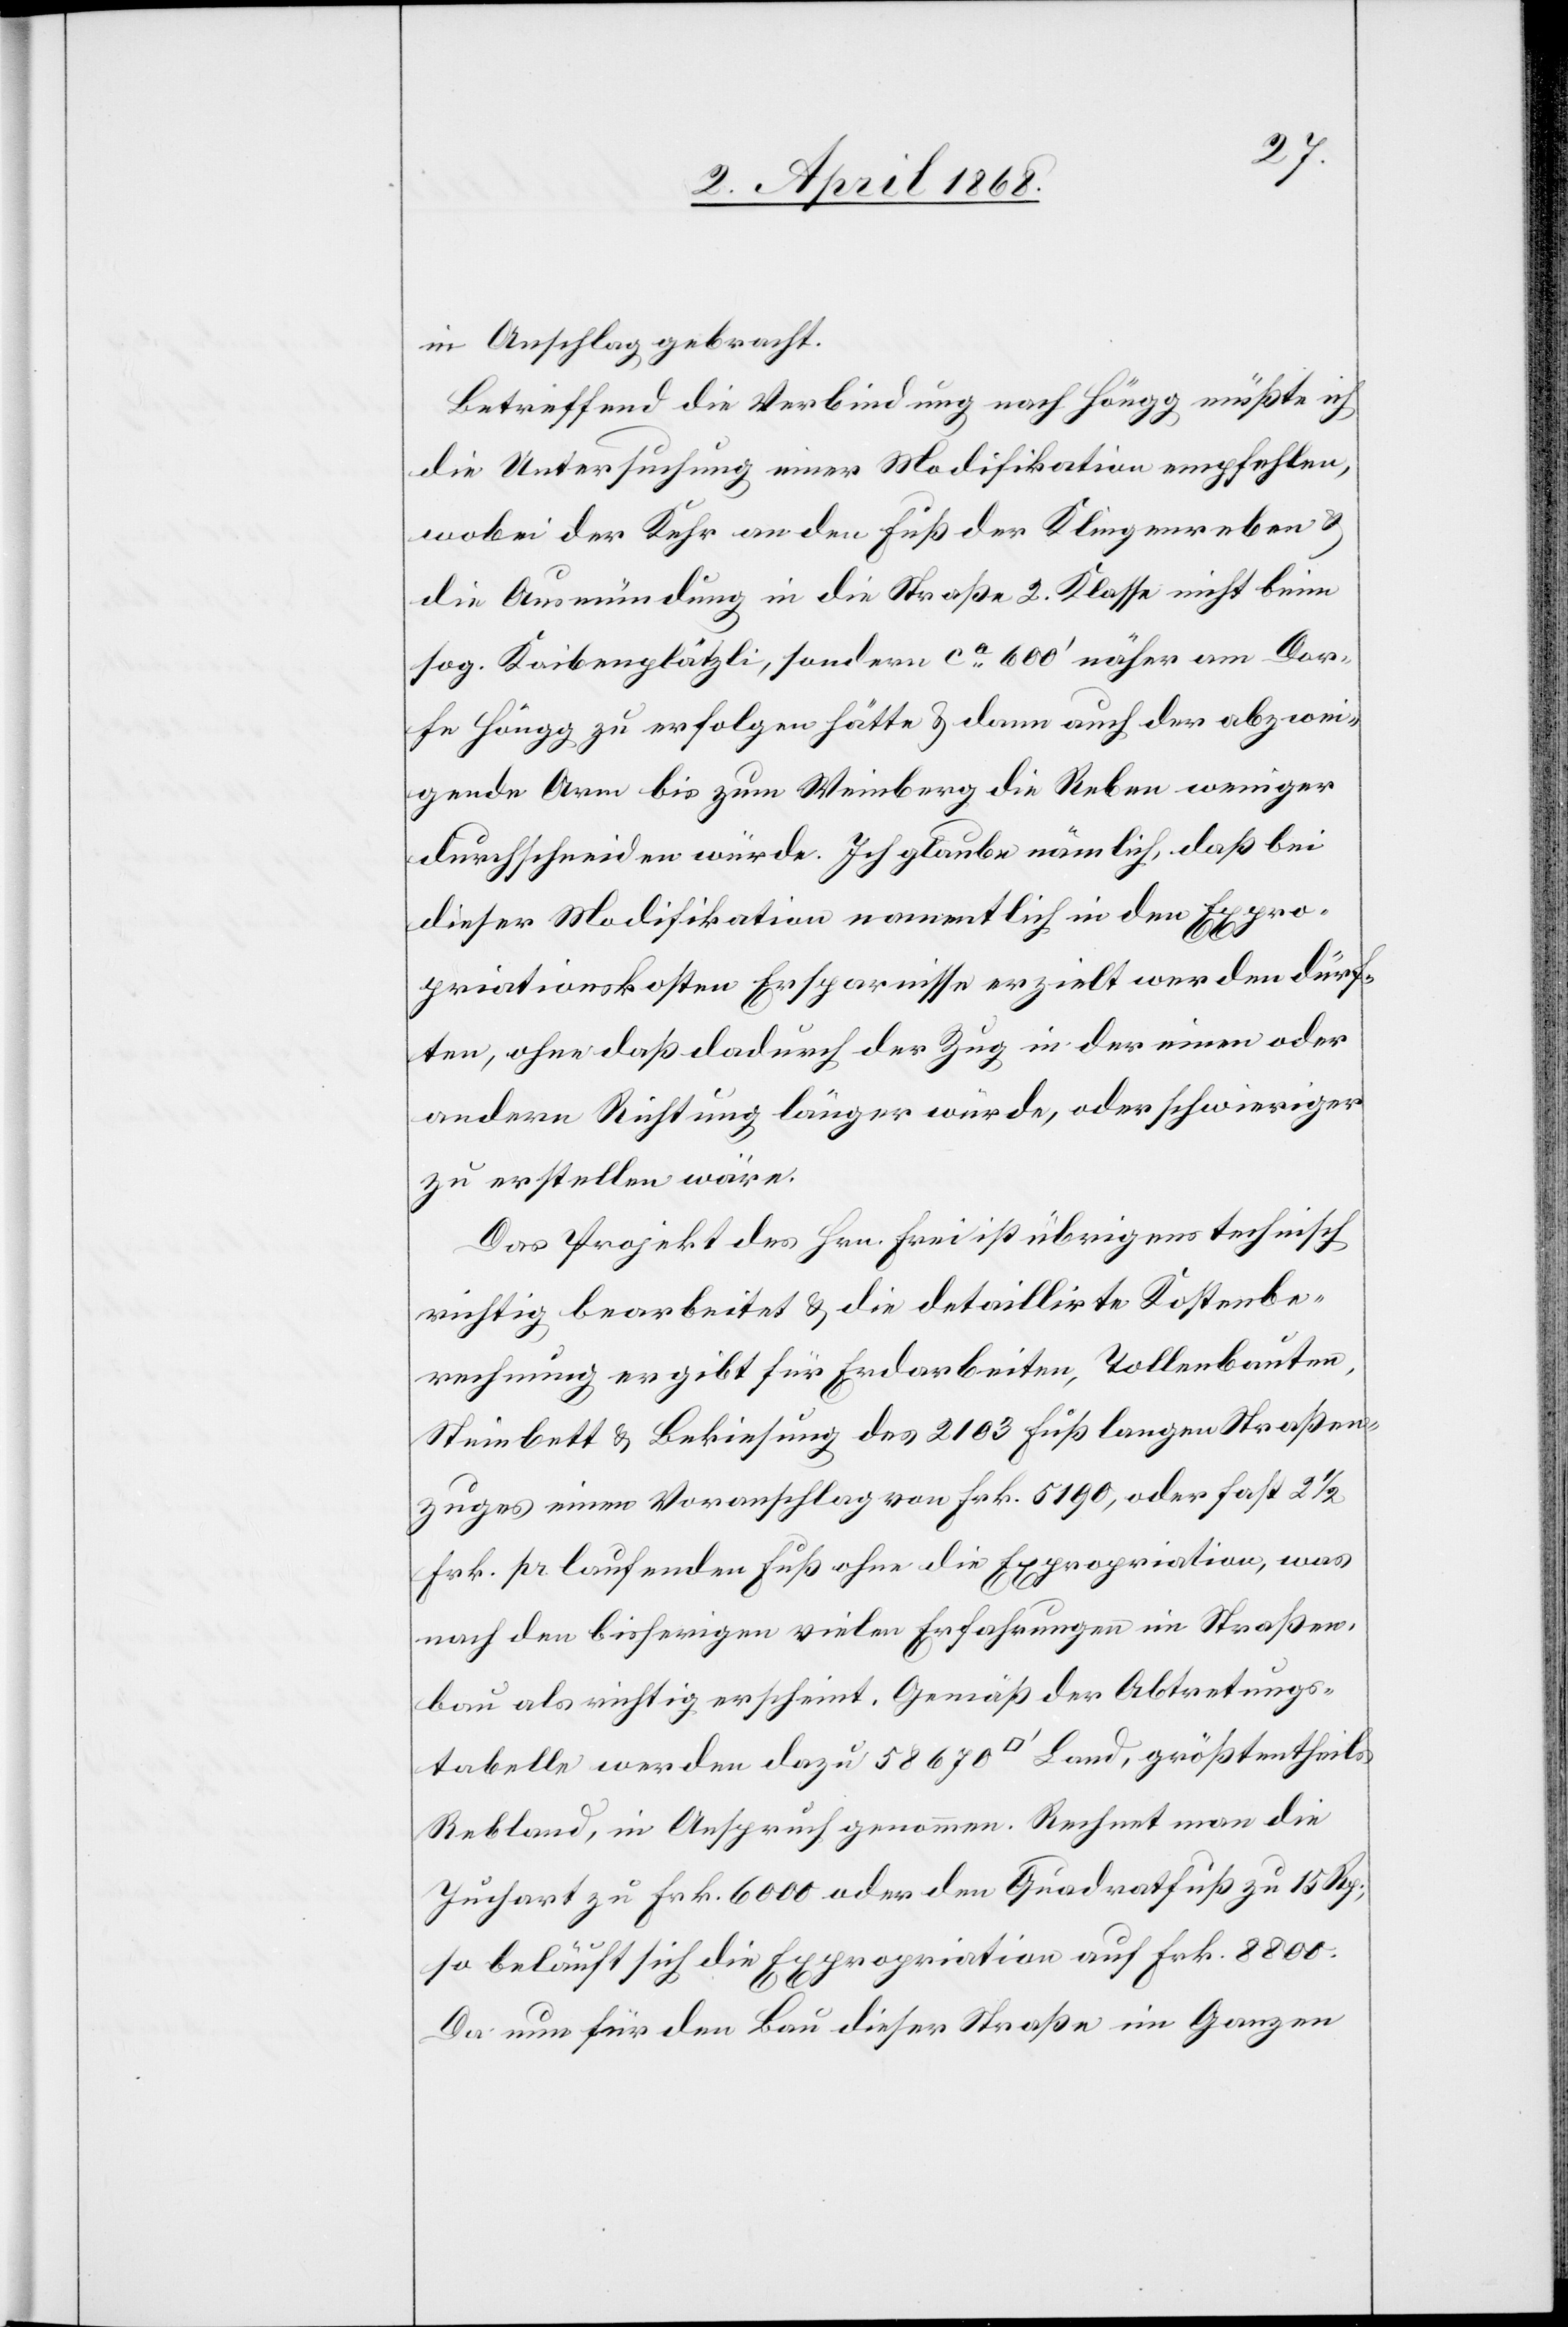
in Anschlag gebracht.
Betreffend die Verbindung nach Höngg müßte ich
die Untersuchung einer Modifikation empfehlen,
wobei der Kehr an den Fuß der Klingenreben &
die Ausmündung in die Straße 2. Klasse nicht beim
sog. Kaibenplätzli, sondern ca. 600‘ näher am Dor¬
fe Höngg zu erfolgen hätte & dann auch der abzwei¬
gende Arm bis zum Weinberg die Reben weniger
durchschneiden würde. Ich glaube nämlich, daß bei
dieser Modifikation namentlich in den Expro¬
priationskosten Ersparnisse erzielt werden dürf¬
ten, ohne daß dadurch der Zug in der einen oder
andern Richtung länger würde, oder schwieriger
zu erstellen wäre.
Das Projekt des Hrn. Frei ist übrigens technisch
richtig bearbeitet & die detaillirte Kostenbe¬
rechnung ergibt für Erdarbeiten, Tollenbauten,
Steinbett & Bekiesung des 2103 Fuß langen Straßen¬
zuges einen Voranschlag von Frk. 5190, oder fast 2 1/2
Frk. pr laufenden Fuß ohne die Expropriation, was
nach den bisherigen vielen Erfahrungen im Straßen¬
bau als richtig erscheint. Gemäß der Abtretungs¬
tabelle werden dazu 58 670 [Quadratfuß] Land, größtentheils
Rebland, in Anspruch genommen. Rechnet man die
Juchart zu Frk. 6000 oder den Quadratfuß zu 15 Rp.,
so beläuft sich die Expropriation auf Frk. 8800.
Da nun für den Bau dieser Straße im Ganzen